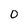
Character: O